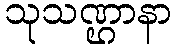
သုသဏ္ဌာနာ